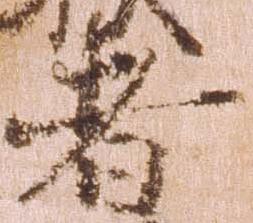
者